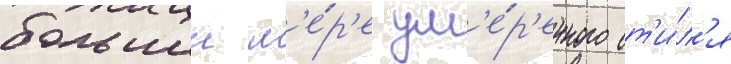
большеи м'е́р'е ум'е́р'енного ст'и́л'я